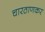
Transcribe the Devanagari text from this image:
चारठाणकर